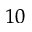
^ { 1 0 }